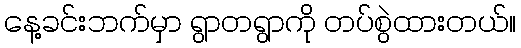
နေ့ခင်းဘက်မှာ ရွာတရွာကို တပ်စွဲထားတယ်။